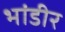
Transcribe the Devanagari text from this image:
भांडीर